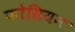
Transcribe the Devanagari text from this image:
फोसियन